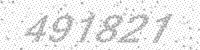
Solution: 491821